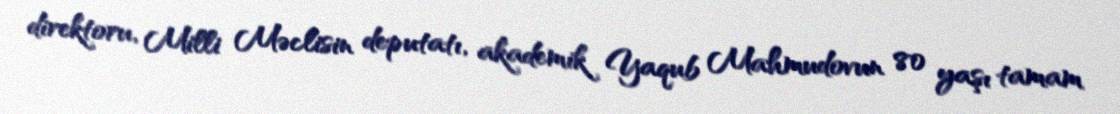
direktoru, Milli Məclisin deputatı, akademik Yaqub Mahmudovun 80 yaşı tamam